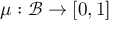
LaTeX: \mu : { \mathcal { B } } \rightarrow [ 0 , 1 ]